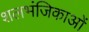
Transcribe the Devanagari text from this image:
शलभंजिकाओं